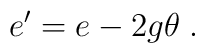
e^\prime = e - 2g \theta \; .